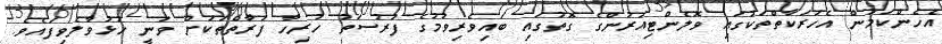
އެހެންކަމުން އެހަރަކާތްތަކުގައި ވޮލެންޓިއަރުންގެ ގޮތުގައި ބައިވެރިވުމުގެ ފުރުސަތު ހުރިހާ ފަރާތްތަކަށް ވަނީ ހުޅުވާލެވިފައެވެ.